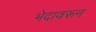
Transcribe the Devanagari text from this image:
भेदावरून